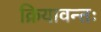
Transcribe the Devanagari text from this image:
क्रियावन्तः